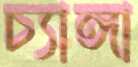
চ্যাঙ্গা